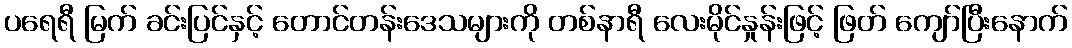
ပရေရီ မြက် ခင်းပြင်နှင့် တောင်တန်းဒေသများကို တစ်နာရီ လေးမိုင်နှုန်းဖြင့် ဖြတ် ကျော်ပြီးနောက်